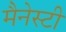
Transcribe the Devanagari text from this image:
मैनेस्टी